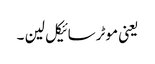
یعنی موٹرسائیکل لین ۔